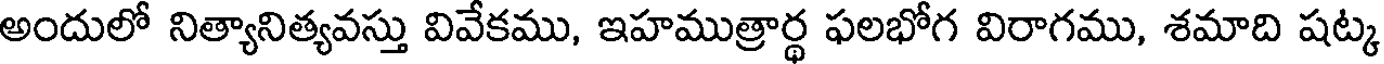
అందులో నిత్యానిత్యవస్తు వివేకము, ఇహముత్రార్థ ఫలభోగ విరాగము, శమాది షట్క